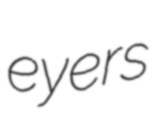
eyers